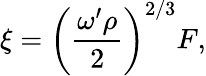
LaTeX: \xi=\left(\frac{\omega^{\prime}\rho}{2}\right)^{2/3}F,